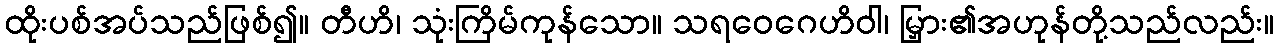
ထိုးပစ်အပ်သည်ဖြစ်၍။ တီဟိ၊ သုံးကြိမ်ကုန်သော။ သရဝေဂေဟိဝါ၊ မြှား၏အဟုန်တို့သည်လည်း။